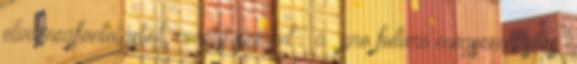
elvi megfontolásból, amely szerint „ a pro futuro megsemmisítés